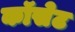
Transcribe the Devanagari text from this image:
कॉसेट